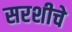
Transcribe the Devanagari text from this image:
सरशीचे